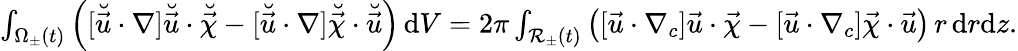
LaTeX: \begin{array}{r}{\int_{\Omega_{\pm}(t)}\left([\breve{\vec{u}}\cdot\nabla]\breve{\vec{u}}\cdot\breve{\vec{\chi}}-[\breve{\vec{u}}\cdot\nabla]\breve{\vec{\chi}}\cdot\breve{\vec{u}}\right)\, \mathrm{d}V=2\pi\int_{\mathcal{R}_{\pm}(t)}\, \bigl([\vec{u}\cdot\nabla_{c}]\vec{u}\cdot\vec{\chi}-[\vec{u}\cdot\nabla_{c}]\vec{\chi}\cdot\vec{u}\bigr)\, r\, \mathrm{d}r\mathrm{d}z.}\end{array}